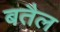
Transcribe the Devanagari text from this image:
बतैल